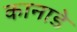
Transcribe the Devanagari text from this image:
कानाडे